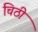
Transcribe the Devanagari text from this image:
चिठी